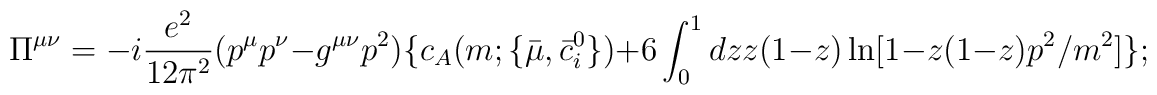
\Pi ^{\mu \nu }=-i\frac{e^2}{12\pi ^2}(p^\mu p^\nu -g^{\mu \nu}p^2)\{c_A(m;\{{\bar{\mu}},{\bar{c}}_i^0\})+6\int_0^1dzz(1-z)\ln[1-z(1-z)p^2/m^2]\};